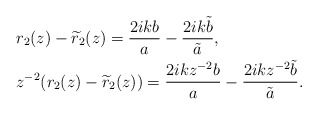
\begin{align*}&r_2(z)-\widetilde{r}_2(z)=\frac{2 i kb}{a}-\frac{2 i k\tilde{b}}{\tilde{a}},\\&z^{-2}(r_2(z)-\widetilde{r}_2(z))=\frac{2 i kz^{-2}b}{a}-\frac{2 i kz^{-2}\tilde{b}}{\tilde{a}}.\end{align*}